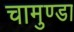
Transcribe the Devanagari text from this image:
चामुण्‍डा